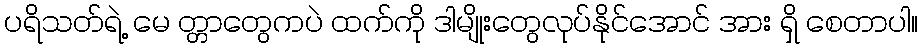
ပရိသတ်ရဲ့ မေ တ္တာတွေကပဲ ထက်ကို ဒါမျိုးတွေလုပ်နိုင်အောင် အား ရှိ စေတာပါ။